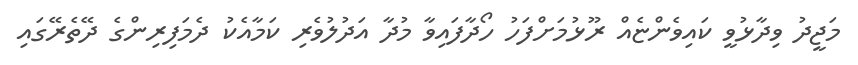
މަޖީދު ވިދާޅުވީ ކައިވެންޏެއް ރޫޅުމަށްފަހު ހޯދާފައިވާ މުދާ އަދުލުވެރި ކަމާއެކު ދެމަފިރިންގެ ދޭތެރޭގައި